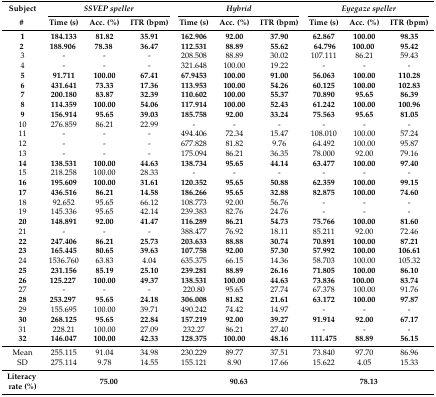
<table><thead><tr><td><b>Subject</b></td><td colspan="3"><b><i>SSVEP speller</i></b></td><td colspan="3"><b><i>Hybrid</i></b></td><td colspan="3"><b><i>Eyegaze speller</i></b></td></tr><tr><td><b>#</b></td><td><b>Time (s)</b></td><td><b>Acc. (%)</b></td><td><b>ITR (bpm)</b></td><td><b>Time (s)</b></td><td><b>Acc. (%)</b></td><td><b>ITR (bpm)</b></td><td><b>Time (s)</b></td><td><b>Acc. (%)</b></td><td><b>ITR (bpm)</b></td></tr></thead><tbody><tr><td><b>1</b></td><td><b>184.133</b></td><td><b>81.82</b></td><td><b>35.91</b></td><td><b>162.906</b></td><td><b>92.00</b></td><td><b>37.90</b></td><td><b>62.867</b></td><td><b>100.00</b></td><td><b>98.35</b></td></tr><tr><td><b>2</b></td><td><b>188.906</b></td><td><b>78.38</b></td><td><b>36.47</b></td><td><b>112.531</b></td><td><b>88.89</b></td><td><b>55.62</b></td><td><b>64.796</b></td><td><b>100.00</b></td><td><b>95.42</b></td></tr><tr><td>3</td><td>-</td><td>-</td><td>-</td><td>208.508</td><td>88.89</td><td>30.02</td><td>107.111</td><td>86.21</td><td>59.43</td></tr><tr><td>4</td><td>-</td><td>-</td><td>-</td><td>321.648</td><td>100.00</td><td>19.22</td><td>-</td><td>-</td><td>-</td></tr><tr><td><b>5</b></td><td><b>91.711</b></td><td><b>100.00</b></td><td><b>67.41</b></td><td><b>67.9453</b></td><td><b>100.00</b></td><td><b>91.00</b></td><td><b>56.063</b></td><td><b>100.00</b></td><td><b>110.28</b></td></tr><tr><td><b>6</b></td><td><b>431.641</b></td><td><b>73.33</b></td><td><b>17.36</b></td><td><b>113.953</b></td><td><b>100.00</b></td><td><b>54.26</b></td><td><b>60.125</b></td><td><b>100.00</b></td><td><b>102.83</b></td></tr><tr><td><b>7</b></td><td><b>200.180</b></td><td><b>83.87</b></td><td><b>32.39</b></td><td><b>110.602</b></td><td><b>100.00</b></td><td><b>55.37</b></td><td><b>70.890</b></td><td><b>95.65</b></td><td><b>86.39</b></td></tr><tr><td><b>8</b></td><td><b>114.359</b></td><td><b>100.00</b></td><td><b>54.06</b></td><td><b>117.914</b></td><td><b>100.00</b></td><td><b>52.43</b></td><td><b>61.242</b></td><td><b>100.00</b></td><td><b>100.96</b></td></tr><tr><td><b>9</b></td><td><b>156.914</b></td><td><b>95.65</b></td><td><b>39.03</b></td><td><b>185.758</b></td><td><b>92.00</b></td><td><b>33.24</b></td><td><b>75.563</b></td><td><b>95.65</b></td><td><b>81.05</b></td></tr><tr><td>10</td><td>276.859</td><td>86.21</td><td>22.99</td><td>-</td><td>-</td><td>-</td><td>-</td><td>-</td><td>-</td></tr><tr><td>11</td><td>-</td><td>-</td><td>-</td><td>494.406</td><td>72.34</td><td>15.47</td><td>108.010</td><td>100.00</td><td>57.24</td></tr><tr><td>12</td><td>-</td><td>-</td><td>-</td><td>677.828</td><td>81.82</td><td>9.76</td><td>64.492</td><td>100.00</td><td>95.87</td></tr><tr><td>13</td><td>-</td><td>-</td><td>-</td><td>175.094</td><td>86.21</td><td>36.35</td><td>78.000</td><td>92.00</td><td>79.16</td></tr><tr><td><b>14</b></td><td><b>138.531</b></td><td><b>100.00</b></td><td><b>44.63</b></td><td><b>138.734</b></td><td><b>95.65</b></td><td><b>44.14</b></td><td><b>63.477</b></td><td><b>100.00</b></td><td><b>97.40</b></td></tr><tr><td>15</td><td>218.258</td><td>100.00</td><td>28.33</td><td>-</td><td>-</td><td>-</td><td>-</td><td>-</td><td>-</td></tr><tr><td><b>16</b></td><td><b>195.609</b></td><td><b>100.00</b></td><td><b>31.61</b></td><td><b>120.352</b></td><td><b>95.65</b></td><td><b>50.88</b></td><td><b>62.359</b></td><td><b>100.00</b></td><td><b>99.15</b></td></tr><tr><td><b>17</b></td><td><b>436.516</b></td><td><b>86.21</b></td><td><b>14.58</b></td><td><b>186.266</b></td><td><b>95.65</b></td><td><b>32.88</b></td><td><b>82.875</b></td><td><b>100.00</b></td><td><b>74.60</b></td></tr><tr><td>18</td><td>92.652</td><td>95.65</td><td>66.12</td><td>108.773</td><td>92.00</td><td>56.76</td><td>-</td><td>-</td><td>-</td></tr><tr><td>19</td><td>145.336</td><td>95.65</td><td>42.14</td><td>239.383</td><td>82.76</td><td>24.76</td><td>-</td><td>-</td><td>-</td></tr><tr><td><b>20</b></td><td><b>148.891</b></td><td><b>92.00</b></td><td><b>41.47</b></td><td><b>116.289</b></td><td><b>86.21</b></td><td><b>54.73</b></td><td><b>75.766</b></td><td><b>100.00</b></td><td><b>81.60</b></td></tr><tr><td>21</td><td>-</td><td>-</td><td>-</td><td>388.477</td><td>76.92</td><td>18.11</td><td>85.211</td><td>92.00</td><td>72.46</td></tr><tr><td><b>22</b></td><td><b>247.406</b></td><td><b>86.21</b></td><td><b>25.73</b></td><td><b>203.633</b></td><td><b>88.88</b></td><td><b>30.74</b></td><td><b>70.891</b></td><td><b>100.00</b></td><td><b>87.21</b></td></tr><tr><td><b>23</b></td><td><b>165.445</b></td><td><b>80.65</b></td><td><b>39.63</b></td><td><b>107.758</b></td><td><b>92.00</b></td><td><b>57.30</b></td><td><b>57.992</b></td><td><b>100.00</b></td><td><b>106.61</b></td></tr><tr><td>24</td><td>1536.760</td><td>63.83</td><td>4.04</td><td>635.375</td><td>66.15</td><td>14.36</td><td>58.703</td><td>100.00</td><td>105.32</td></tr><tr><td><b>25</b></td><td><b>231.156</b></td><td><b>85.19</b></td><td><b>25.10</b></td><td><b>239.281</b></td><td><b>88.89</b></td><td><b>26.16</b></td><td><b>71.805</b></td><td><b>100.00</b></td><td><b>86.10</b></td></tr><tr><td><b>26</b></td><td><b>125.227</b></td><td><b>100.00</b></td><td><b>49.37</b></td><td><b>138.531</b></td><td><b>100.00</b></td><td><b>44.63</b></td><td><b>73.836</b></td><td><b>100.00</b></td><td><b>83.74</b></td></tr><tr><td>27</td><td>-</td><td>-</td><td>-</td><td>220.80</td><td>95.65</td><td>27.74</td><td>67.378</td><td>100.00</td><td>91.76</td></tr><tr><td><b>28</b></td><td><b>253.297</b></td><td><b>95.65</b></td><td><b>24.18</b></td><td><b>306.008</b></td><td><b>81.82</b></td><td><b>21.61</b></td><td><b>63.172</b></td><td><b>100.00</b></td><td><b>97.87</b></td></tr><tr><td>29</td><td>155.695</td><td>100.00</td><td>39.71</td><td>490.242</td><td>74.42</td><td>14.97</td><td>-</td><td>-</td><td>-</td></tr><tr><td><b>30</b></td><td><b>268.125</b></td><td><b>95.65</b></td><td><b>22.84</b></td><td><b>157.219</b></td><td><b>92.00</b></td><td><b>39.27</b></td><td><b>91.914</b></td><td><b>92.00</b></td><td><b>67.17</b></td></tr><tr><td>31</td><td>228.21</td><td>100.00</td><td>27.09</td><td>232.27</td><td>86.21</td><td>27.40</td><td>-</td><td>-</td><td>-</td></tr><tr><td><b>32</b></td><td><b>146.047</b></td><td><b>100.00</b></td><td><b>42.33</b></td><td><b>128.375</b></td><td><b>100.00</b></td><td><b>48.16</b></td><td><b>111.475</b></td><td><b>88.89</b></td><td><b>56.15</b></td></tr><tr><td>Mean</td><td>255.115</td><td>91.04</td><td>34.98</td><td>230.229</td><td>89.77</td><td>37.51</td><td>73.840</td><td>97.70</td><td>86.96</td></tr><tr><td>SD</td><td>275.114</td><td>9.78</td><td>14.55</td><td>155.121</td><td>8.90</td><td>17.66</td><td>15.622</td><td>4.05</td><td>15.33</td></tr><tr><td><b>Literacy</b><b>rate (%)</b></td><td colspan="3"><b>75.00</b></td><td colspan="3"><b>90.63</b></td><td colspan="3"><b>78.13</b></td></tr></tbody></table>